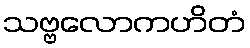
သဗ္ဗလောကဟိတံ